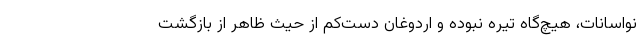
نواسانات، هیچ‌گاه تیره نبوده و اردوغان دست‌کم از حیث ظاهر از بازگشت